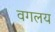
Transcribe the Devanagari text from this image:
वगलय